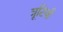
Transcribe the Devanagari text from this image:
त्रूटियाँ